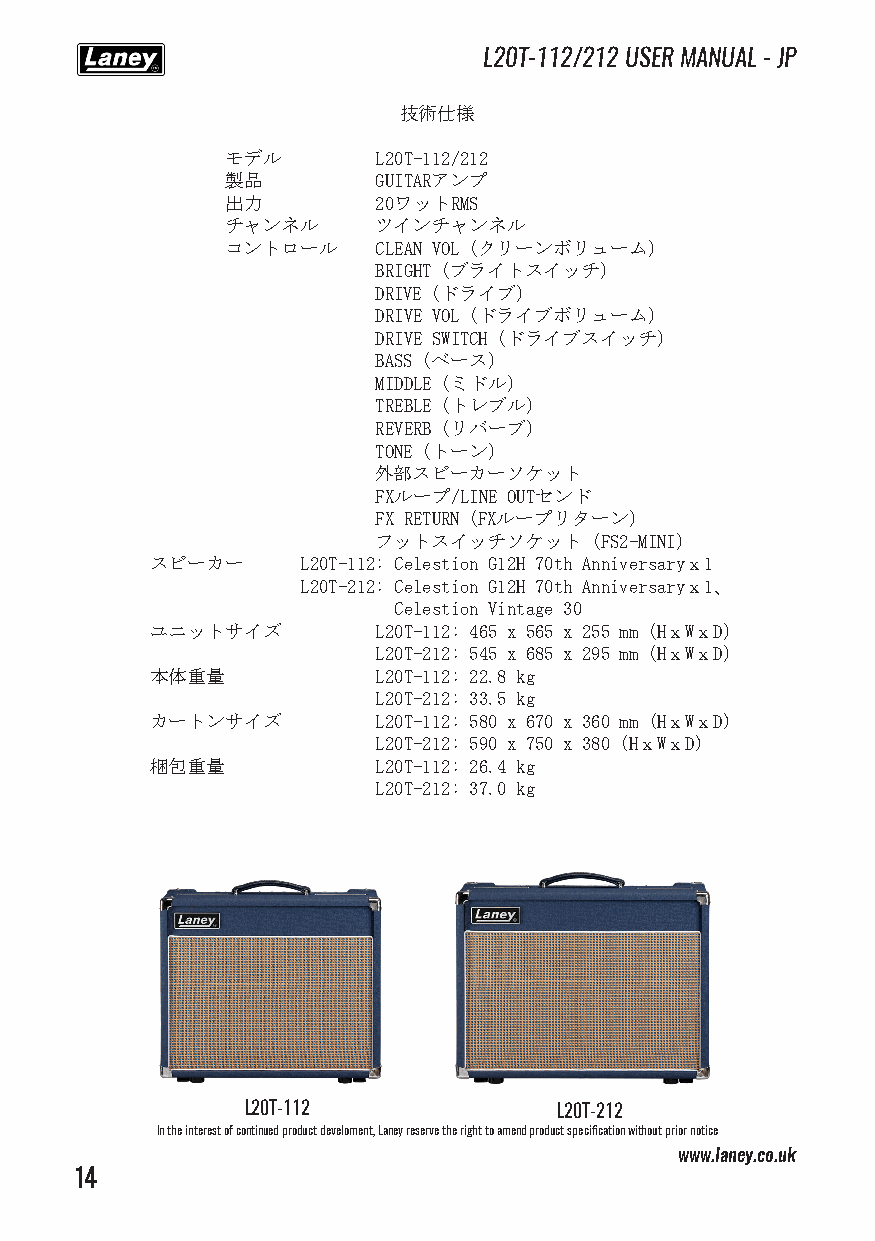
L20T-112/212 USER MANUAL - JP
 技術仕様
 モデル       L20T-112/212
 製品        GUITARアンプ
 出力        20ワットRMS
 チャンネル     ツインチャンネル
 コントロール    CLEAN VOL（クリーンボリューム）
 BRIGHT（ブライトスイッチ）
 DRIVE（ドライブ）
 DRIVE VOL（ドライブボリューム）
 DRIVE SWITCH（ドライブスイッチ）
 BASS（ベース）
 MIDDLE（ミドル）
 TREBLE（トレブル）
 REVERB（リバーブ）
 TONE（トーン）
 外部スピーカーソケット
 FXループ/LINE OUTセンド
 FX RETURN（FXループリターン）
 フットスイッチソケット（FS2-MINI）
 スピーカー     L20T-112: Celestion G12H 70th Anniversaryｘ1
 L20T-212: Celestion G12H 70th Anniversaryｘ1、
 Celestion Vintage 30
 ユニットサイズ        L20T-112: 465 x 565 x 255 mm（HｘWｘD）
 L20T-212: 545 x 685 x 295 mm（HｘWｘD）
 本体重量           L20T-112: 22.8 kg
 L20T-212: 33.5 kg
 カートンサイズ        L20T-112: 580 x 670 x 360 mm (HｘWｘD)
 L20T-212: 590 x 750 x 380 (HｘWｘD)
 梱包重量           L20T-112: 26.4 kg
 L20T-212: 37.0 kg
 L20T-112             L20T-212
 In the interest of continued product develoment, Laney reserve the right to amend product specification without prior notice
 www.laney.co.uk
 14